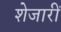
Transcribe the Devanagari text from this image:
शेजारीं